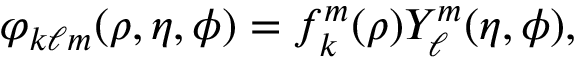
\varphi _ { k \ell m } ( \rho , \eta , \phi ) = f _ { k } ^ { m } ( \rho ) Y _ { \ell } ^ { m } ( \eta , \phi ) ,